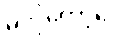
မလိုတော့ပေ။